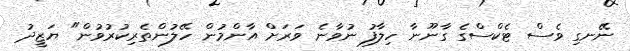
ނޭނގި ވެސް ޓެކްސްގެ ގާނޫނާ ހިލާފު ނުވާނެ ވަރަށް އާންމުން ހޭލުންތެރިކުރުވުން" ޔަޒީދު